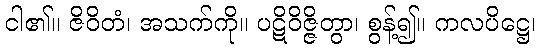
ငါ၏။ ဇိဝိတံ၊ အသက်ကို။ ပဋိဝိဇ္ဇိတွာ၊ စွန့်၍။ ကလပိဋ္ဌေ၊